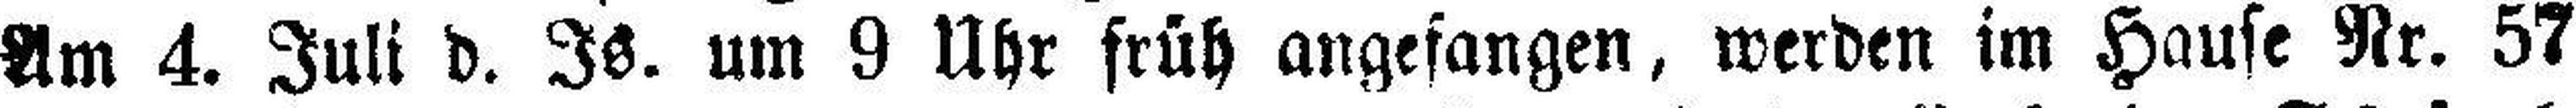
Am 4. Juli d. Is. um 9 Uhr früh angefangen, werden im Hause Nr. 57